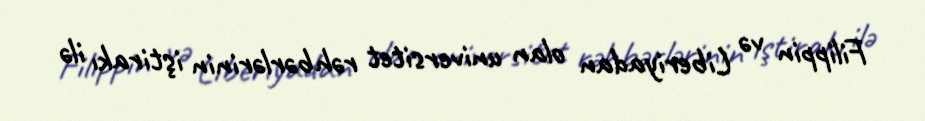
Filippin və Liberiyadan olan universitet rəhbərlərinin iştirakı ilə